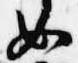
女